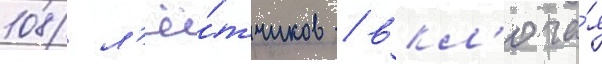
108 л'ё́тчиков / вкл'юча́я